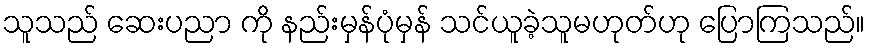
သူသည် ဆေးပညာ ကို နည်းမှန်ပုံမှန် သင်ယူခဲ့သူမဟုတ်ဟု ပြောကြသည်။